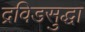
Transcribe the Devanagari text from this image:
द्रविडसुद्धा